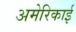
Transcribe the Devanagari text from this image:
अमेरिकाई